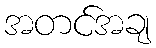
အတင်အချ